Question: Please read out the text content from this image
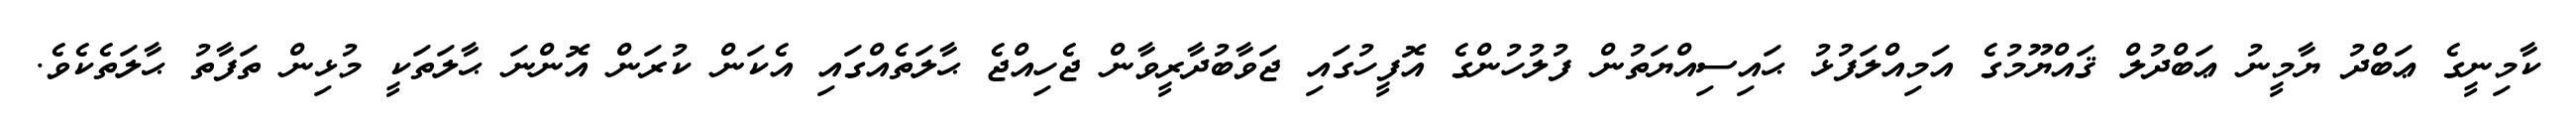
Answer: ކާމިނީގެ ޢަބްދު ޔާމީނު ޢަބްދުލް ޤައްޔޫމުގެ އަމިއްލަފުޅު ޙައިސިއްޔަތުން ފުލުހުންގެ އޮފީހުގައި ޖަވާބުދާރީވާން ޖެހިއްޖެ ޙާލަތެއްގައި އެކަން ކުރަން އޮންނަ ޙާލަތަކީ މުޅިން ތަފާތު ޙާލަތެކެވެ.